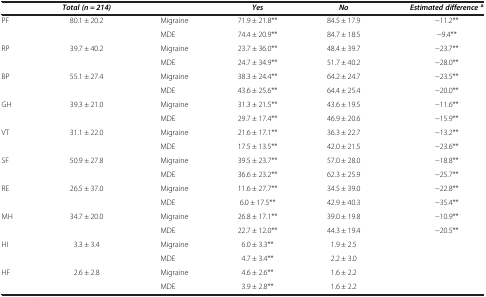
|  | Total (n = 214) |  | Yes | No | Estimated difference a |
 | --- | --- | --- | --- | --- | --- |
 | PF | 80.1 ± 20.2 | Migraine | 71.9 ± 21.8** | 84.5 ± 17.9 | −11.2** |
 |  |  | MDE | 74.4 ± 20.9** | 84.7 ± 18.5 | −9.4** |
 | RP | 39.7 ± 40.2 | Migraine | 23.7 ± 36.0** | 48.4 ± 39.7 | −23.7** |
 |  |  | MDE | 24.7 ± 34.9** | 51.7 ± 40.2 | −28.0** |
 | BP | 55.1 ± 27.4 | Migraine | 38.3 ± 24.4** | 64.2 ± 24.7 | −23.5** |
 |  |  | MDE | 43.6 ± 25.6** | 64.4 ± 25.4 | −20.0** |
 | GH | 39.3 ± 21.0 | Migraine | 31.3 ± 21.5** | 43.6 ± 19.5 | −11.6** |
 |  |  | MDE | 29.7 ± 17.4** | 46.9 ± 20.6 | −15.9** |
 | VT | 31.1 ± 22.0 | Migraine | 21.6 ± 17.1** | 36.3 ± 22.7 | −13.2** |
 |  |  | MDE | 17.5 ± 13.5** | 42.0 ± 21.5 | −23.6** |
 | SF | 50.9 ± 27.8 | Migraine | 39.5 ± 23.7** | 57.0 ± 28.0 | −18.8** |
 |  |  | MDE | 36.6 ± 23.2** | 62.3 ± 25.9 | −25.7** |
 | RE | 26.5 ± 37.0 | Migraine | 11.6 ± 27.7** | 34.5 ± 39.0 | −22.8** |
 |  |  | MDE | 6.0 ± 17.5** | 42.9 ± 40.3 | −35.4** |
 | MH | 34.7 ± 20.0 | Migraine | 26.8 ± 17.1** | 39.0 ± 19.8 | −10.9** |
 |  |  | MDE | 22.7 ± 12.0** | 44.3 ± 19.4 | −20.5** |
 | HI | 3.3 ± 3.4 | Migraine | 6.0 ± 3.3** | 1.9 ± 2.5 |  |
 |  |  | MDE | 4.7 ± 3.4** | 2.2 ± 3.0 |  |
 | HF | 2.6 ± 2.8 | Migraine | 4.6 ± 2.6** | 1.6 ± 2.2 |  |
 |  |  | MDE | 3.9 ± 2.8** | 1.6 ± 2.2 |  |